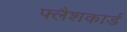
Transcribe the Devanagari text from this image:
फ्लैशकार्ड